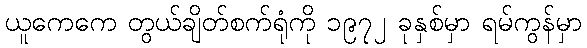
ယူကေကေ တွယ်ချိတ်စက်ရုံကို ၁၉၇၂ ခုနှစ်မှာ ရမ်ကွန်မှာ